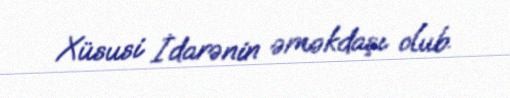
Xüsusi İdarənin əməkdaşı olub.